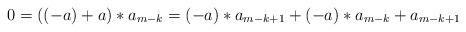
LaTeX: \begin{align*} 0=((-a)+a)*a_{m-k}=(-a)*a_{m-k+1}+(-a)*a_{m-k}+a_{m-k+1} \end{align*}